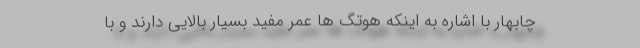
چابهار با اشاره به اینکه هوتگ ها عمر مفید بسیار بالایی دارند و با